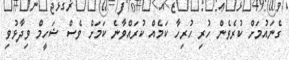
ގެނައުމަށް ކުރެވެން ހުރި ހުރިހާ ކަމެއް ކުރައްވާނެ ކަމަށް ވެސް ޝަހީމް ވިދާޅުވި